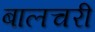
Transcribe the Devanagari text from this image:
बालचरी